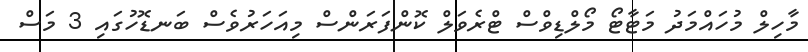
މާހިލް މުހައްމަދު މަޓާޓޯ މޯލްޑިވްސް ޓްރެވަލް ކޮންފަރަންސް މިއަހަރުވެސް ބަނޑޮހުގައި 3 މަސް